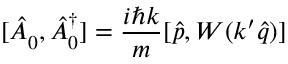
[ \hat { A } _ { 0 } ^ { \phantom { \dagger } } , \hat { A } _ { 0 } ^ { \dagger } ] = \frac { i \hbar k } { m } [ \hat { p } , W ( k ^ { \prime } \hat { q } ) ]